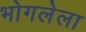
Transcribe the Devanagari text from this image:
भोगलेला